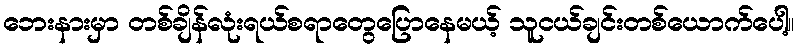
ဘေးနားမှာ တစ်ချိန်လုံးရယ်စရာတွေပြောနေမယ့် သူငယ်ချင်းတစ်ယောက်ပေါ့။